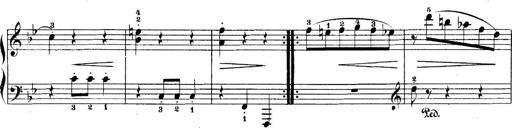
Title: 5 Sonatinas
Composer: Theodor Kirchner